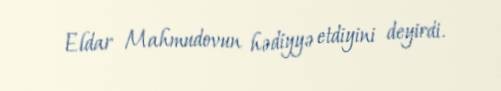
Eldar Mahmudovun hədiyyə etdiyini deyirdi.